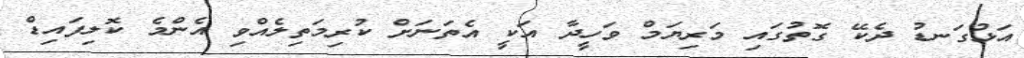
އަޅުގަނޑު ދެކޭ ގޮތުގައި މަރިޔަމް ވަހީދާ އަކީ އެތަނަށް ކުރިމަތިލެއްވި އެންމެ ކޮލިފައިޑް